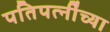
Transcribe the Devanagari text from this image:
पतिपत्‍नींच्या